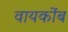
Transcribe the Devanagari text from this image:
वायकोंब